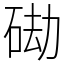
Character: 䂶